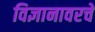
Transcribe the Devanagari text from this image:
विज्ञानावरचे